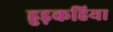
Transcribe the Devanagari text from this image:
हुड़कहिया